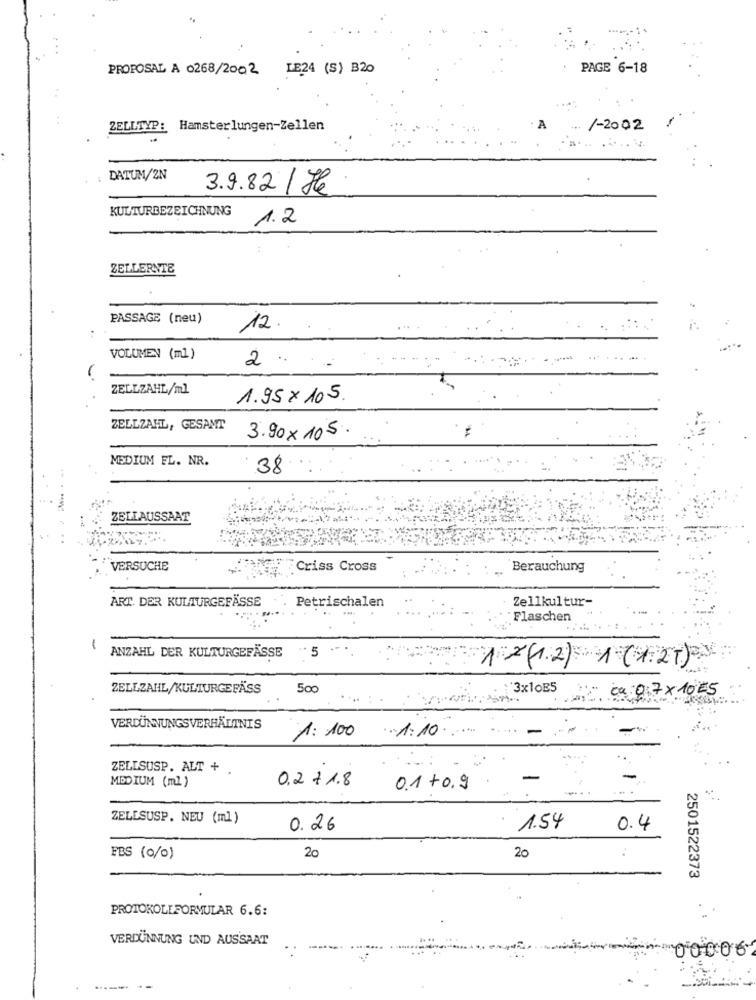
PROPOSAL A 0268/2002
LE24 (S) B20
PAGE 6-18
ZELLTYP:
Hamsterlungen-Zellen
/-2002
DATUM/2N
3.9.82 / He
KULTURBEZEICHNUNG
1.2
ZELLERNTE
PASSAGE (neu)
12.
VOLUMEN (ml)
2.
.
ZELLZAHL/ml
1.95 x 105.
ZELLZAHL, GESAMT
3.90 × 105.
MEDIUM FL. NR.
38
ZELLAUSSAAT
VERSUCHE
Criss Cross
. Berauchung
ART. DER KULTURGEFÄSSE
Petrischalen
Zellkultur-
Flaschen
1
· 5
ANZAHL DER KULTURGEFÄSSE
1 2 (1.2) 1 (1.2T)
ZELLZAHL/KULTURGEFÄSS
500
3x10E5
ca:0.7x 10ES
VERDÜNNUNGSVERHÄLTNIS
1: 100 1:10
ZELLSUSP. ALT + .
MEDIUM (ml )
0,2 + 1.8
-
0.1 +0.9
ZELLSUSP. NEU (ml)
0.26
1.54
0.4
FBS (0/0)
20
20
2501522373
PROTOKOLLFORMULAR 6.6:
VERDÜNNUNG UND AUSSAAT
00006